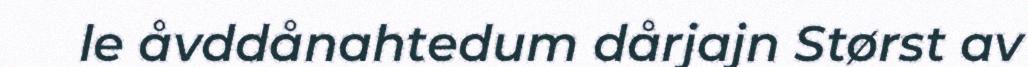
le åvddånahtedum dårjajn Størst av